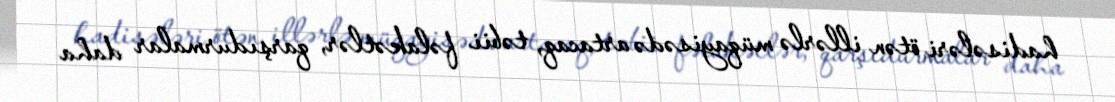
hadisələri ötən illərlə müqayisədə artacaq, təbii fəlakətlər, qarşıdurmalar daha